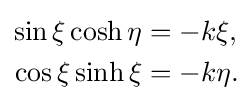
{\begin{aligned}\sin \xi \cosh \eta &=-k\xi ,\\\cos \xi \sinh \xi &=-k\eta .\end{aligned}}